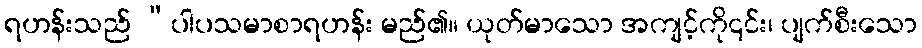
ရဟန်းသည် “ပါပသမာစာရဟန်း မည်၏။ ယုတ်မာသော အကျင့်ကို၎င်း၊ ပျက်စီးသော